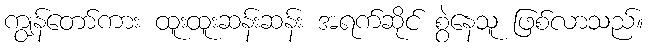
ကျွန်တော်ကား ထူးထူးဆန်းဆန်း အရက်ဆိုင် စွဲနေသူ ဖြစ်လာသည်။